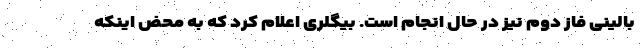
بالینی فاز دوم نیز در حال انجام است. بیگلری اعلام کرد که به محض اینکه